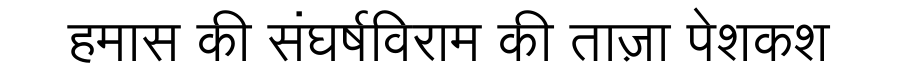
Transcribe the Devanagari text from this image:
हमास की संघर्षविराम की ताज़ा पेशकश